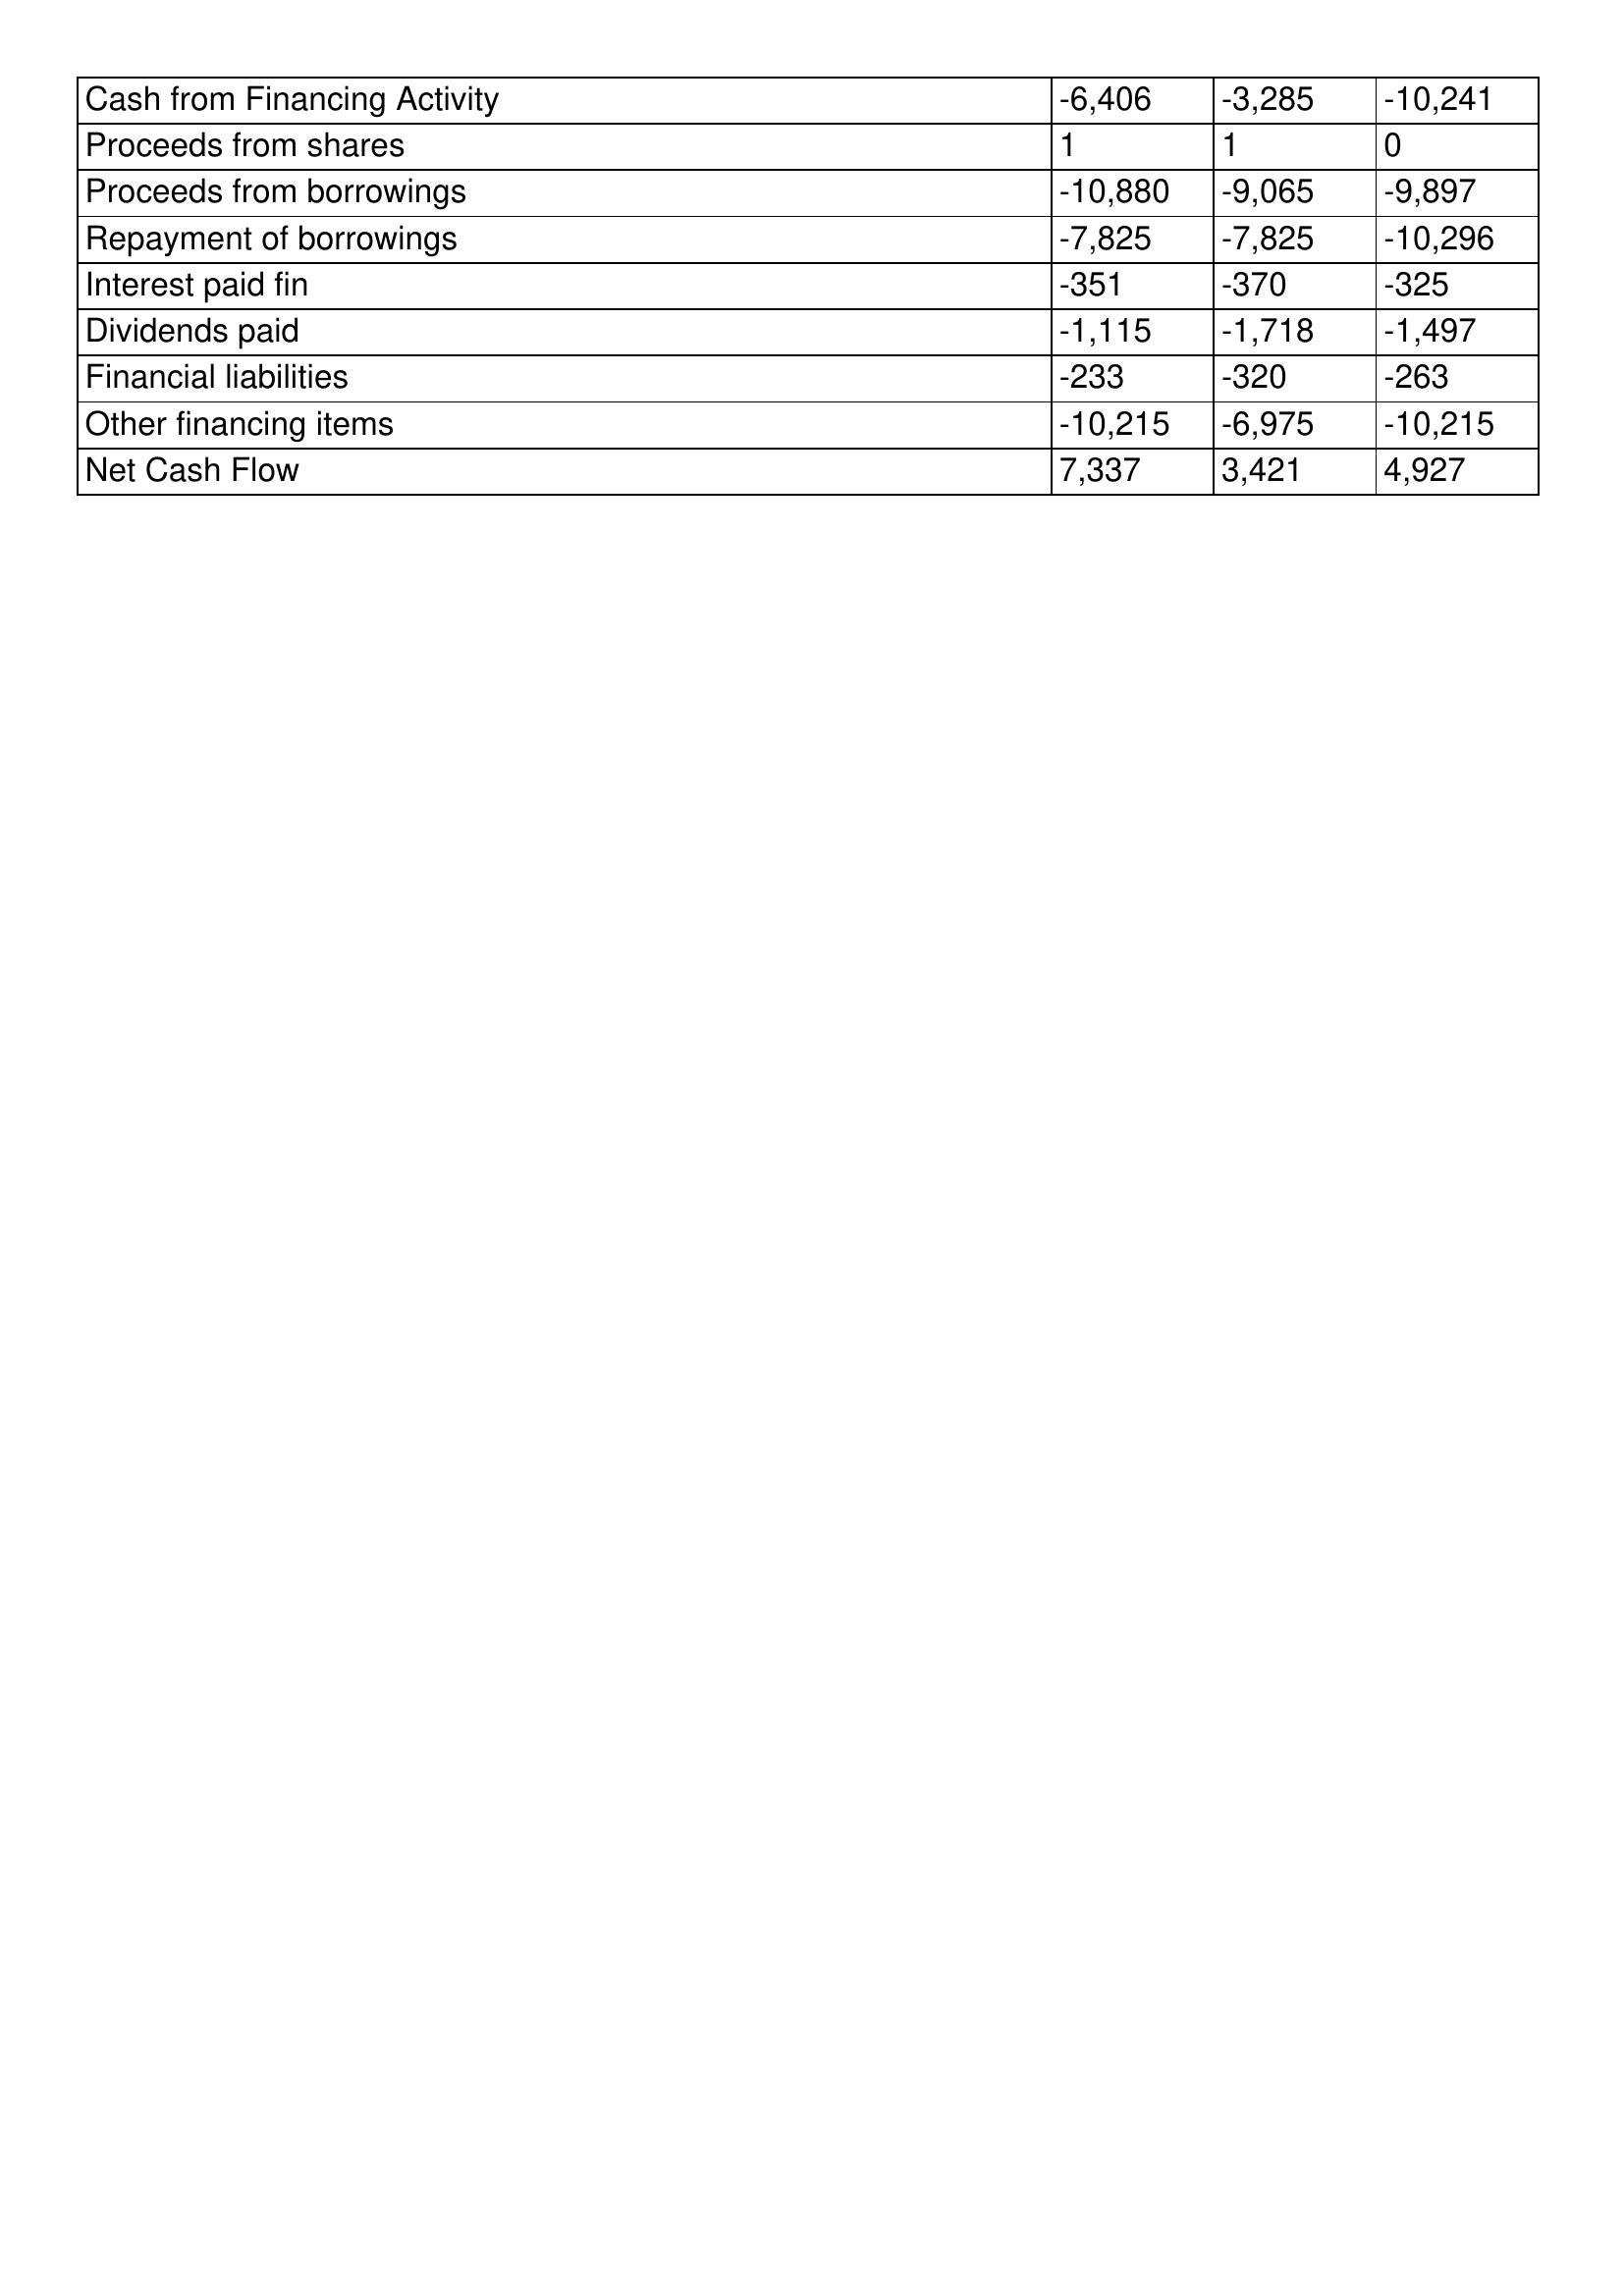
gt_parse: 2008: Cash Flows: Cash from Financing Activity: -6,406
Proceeds from shares: 1
Proceeds from borrowings: -10,880
Repayment of borrowings: -7,825
Interest paid fin: -351
Dividends paid: -1,115
Financial liabilities: -233
Other financing items: -10,215
Net Cash Flow: 7,337
2007: Cash Flows: Cash from Financing Activity: -3,285
Proceeds from shares: 1
Proceeds from borrowings: -9,065
Repayment of borrowings: -7,825
Interest paid fin: -370
Dividends paid: -1,718
Financial liabilities: -320
Other financing items: -6,975
Net Cash Flow: 3,421
2006: Cash Flows: Cash from Financing Activity: -10,241
Proceeds from shares: 0
Proceeds from borrowings: -9,897
Repayment of borrowings: -10,296
Interest paid fin: -325
Dividends paid: -1,497
Financial liabilities: -263
Other financing items: -10,215
Net Cash Flow: 4,927